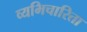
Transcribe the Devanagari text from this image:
व्यभिचारिता